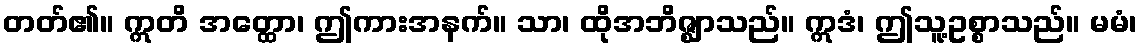
တတ်၏။ ဣတိ အတ္ထော၊ ဤကားအနက်။ သာ၊ ထိုအဘိဇ္ဈာသည်။ ဣဒံ၊ ဤသူ့ဥစ္စာသည်။ မမံ၊